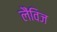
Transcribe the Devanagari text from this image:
लैंविज